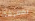
بمعرفة